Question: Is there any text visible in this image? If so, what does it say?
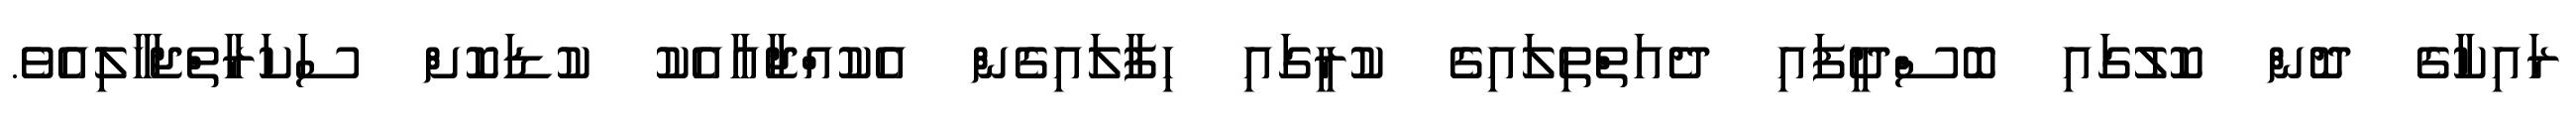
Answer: ރައިކާގެ ދޮން ކޮލުގައި ބޮސްދީފައި ދެއަތްތިލައިގެ ކުރީގައި ހިފާލައިގެން އެކުއްޖާއާއެކު ކުޑަކޮށް ސަކަރާތްޖަހާލިއެވެ.